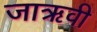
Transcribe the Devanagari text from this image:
जाऋवी